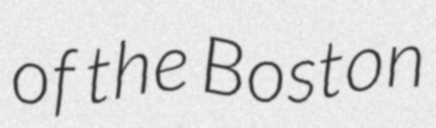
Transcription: of the Boston